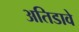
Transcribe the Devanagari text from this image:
अतिडावे